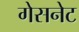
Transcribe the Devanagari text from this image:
गेसनेट